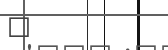
٨